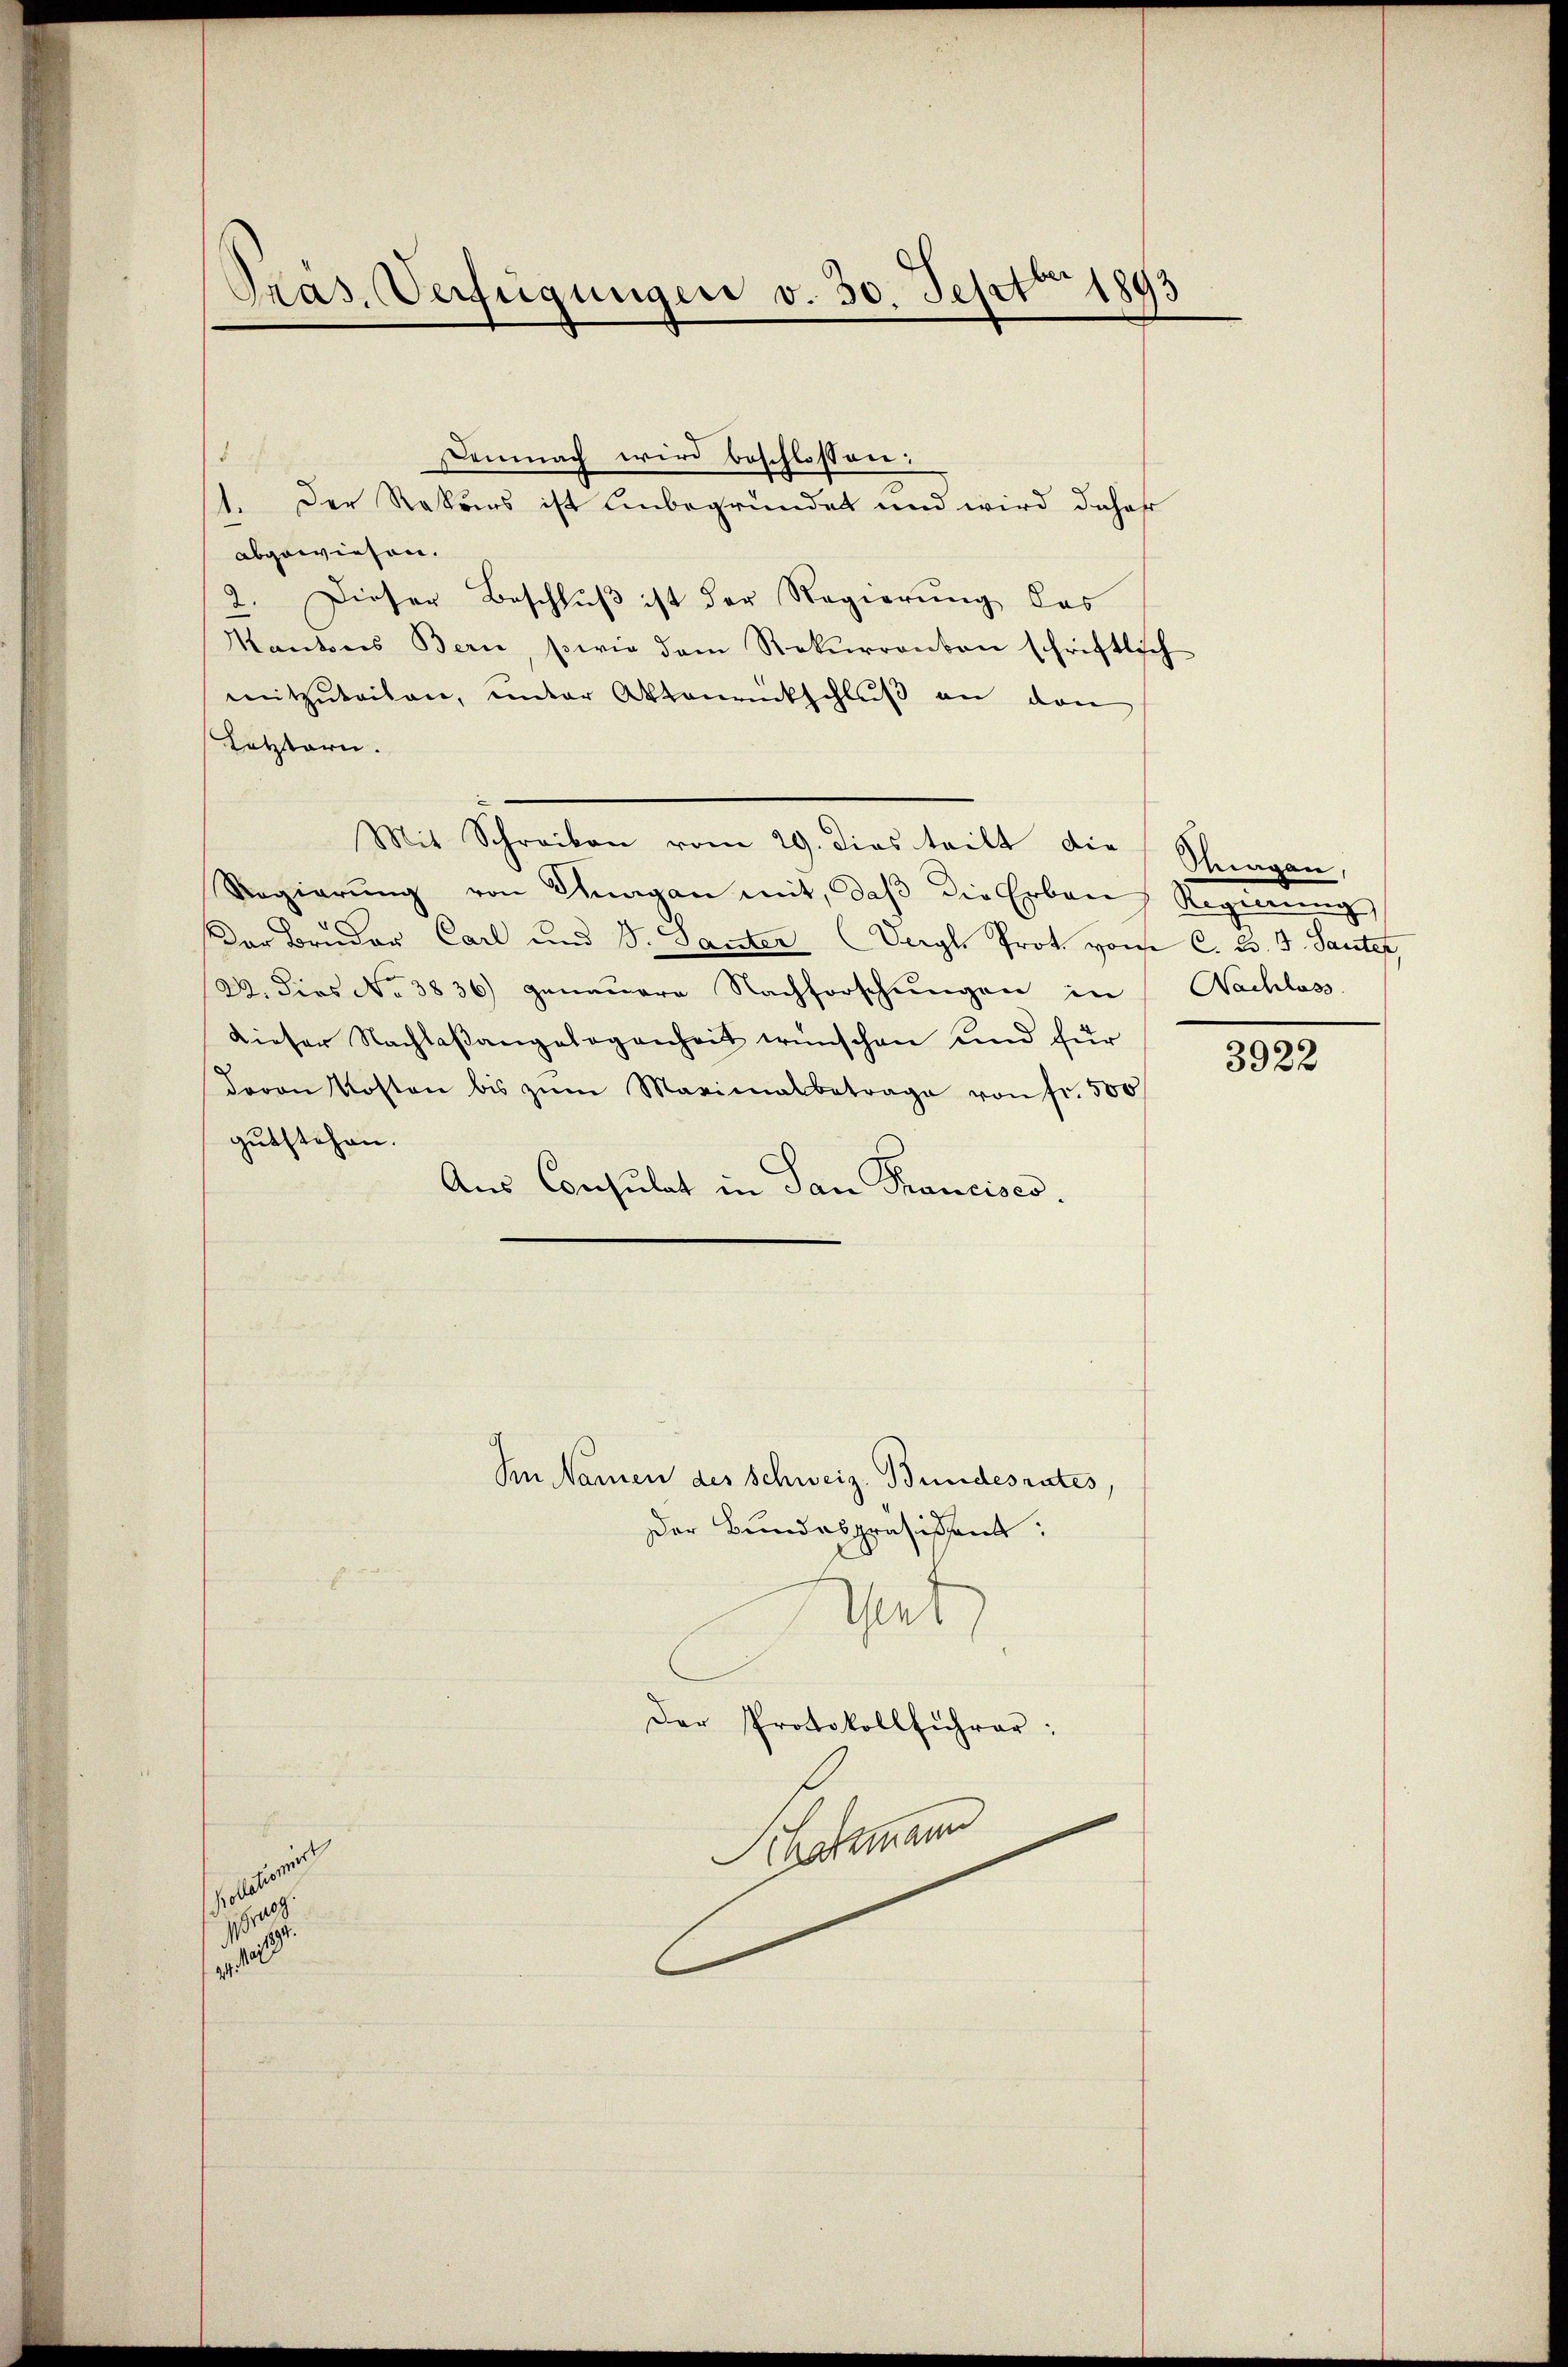
Oras. Verfügungen v. 30. Sept 1893

8
Demnach wird beschlossen:
1. Der Rekurs ist unbegründet und wird daher
abgewiesen.
2. Dieser Beschluß ist der Regierung das
Mantons Bern, sowie dem Rekurrenten schriftlich
mitzŭteilen, unter Aktenrückschlŭβ an den
Letztern.
Mit Schreiben vom 29. dies teilt die Schragen,
Regierŭng von Knagan mit, daβ die Erbau, Regierŭng
Der Bruder Carl und S. Santer (Vergl. Prot. von C. 23. J. Saute,
22. dies No 3836) genauere Nachforschŭngen in Nachlass
dieser Nachlaßangelegenheit wünschen und für
davon Kosten bis zŭm Maximalbetrage von fr. 500
gutstehen.
Aus Consulat in San Thancisco

petieren
ab

In Namen des Schweiz. Bundesrates,
Der Bundespräsident:
Grt,
Der Protokollführer:
Hartmann

3922